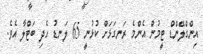
އިންގްލޭންޑް ޓީމުން އެންމެ ރަނގަޅަށް ކުޅުނީ 65 ލަނޑު ހެދި ބަޓްލާ އެވެ.